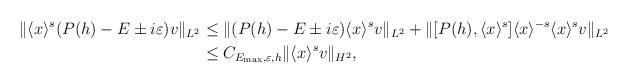
LaTeX: \begin{align*} \|\langle x \rangle^{s}(P(h)-E \pm i \varepsilon)v\|_{L^2} &\le \|(P(h)-E \pm i \varepsilon)\langle x \rangle^{s} v \|_{L^2} + \|[P(h),\langle x \rangle^{s}]\langle x \rangle^{-s}\langle x \rangle^{s}v \|_{L^2}\\& \le C_{E_{\max}, \varepsilon, h} \| \langle x \rangle^{s}v \|_{H^2}, \end{align*}